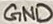
Text: GND